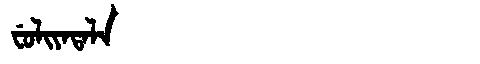
Manchu: ᠸᡠᠯᡳᠶᠠᡨᠠᠯᠠ
Romanization: FULIYATALA